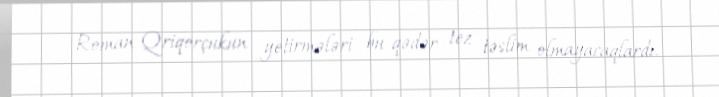
Roman Qriqorçukun yetirmələri bu qədər tez təslim olmayacaqlardı.